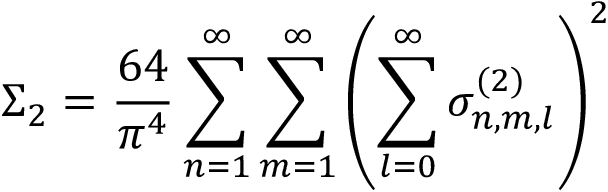
\Sigma _ { 2 } = \frac { 6 4 } { \pi ^ { 4 } } \sum _ { n = 1 } ^ { \infty } \sum _ { m = 1 } ^ { \infty } \left( \sum _ { l = 0 } ^ { \infty } \sigma _ { n , m , l } ^ { ( 2 ) } \right) ^ { 2 }